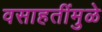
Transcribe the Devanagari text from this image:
वसाहतींमुळे